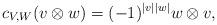
LaTeX: \begin{align*} c_{V,W}(v\otimes w) = (-1)^{|v||w|}w\otimes v,\end{align*}